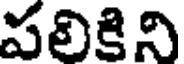
పలికిని